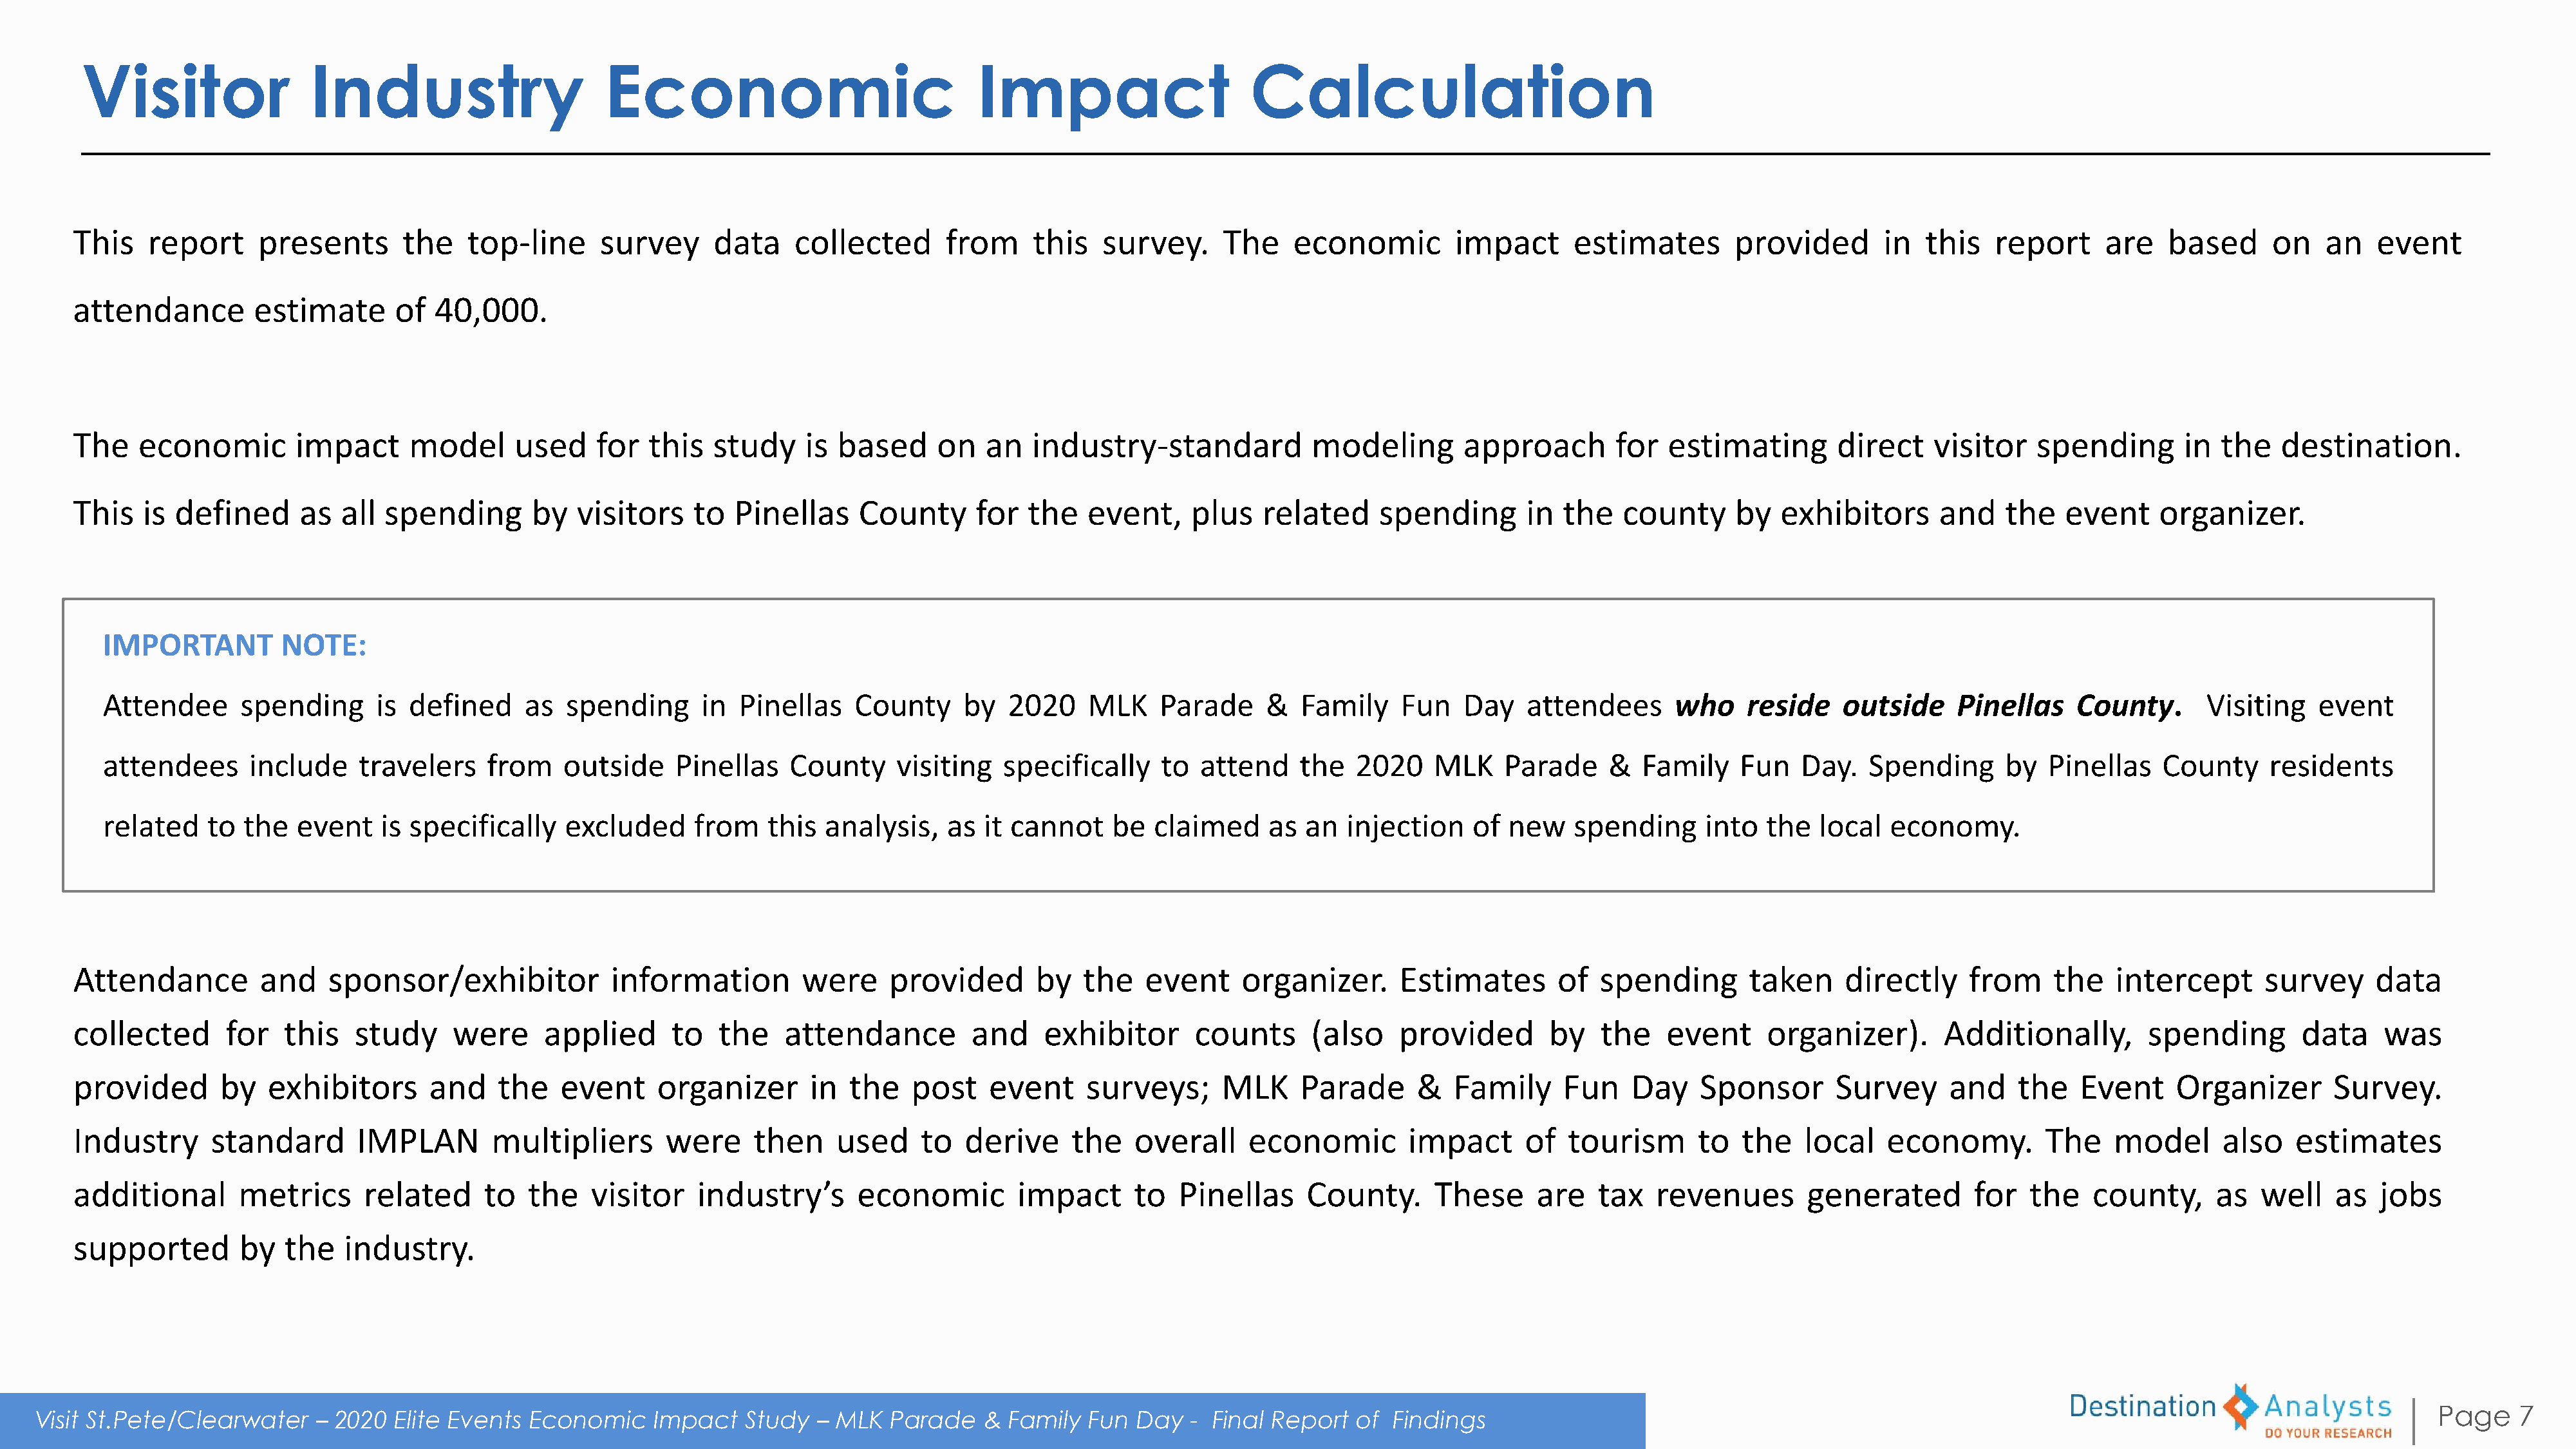
Visitor                 Industry                      Economic                               Impact                      Calculation
 This    report      presents      the    top-line      survey     data     collected      from     this   survey.      The    economic         impact      estimates       provided        in  this   report     are    based      on   an   event
 attendance         estimate       of  40,000.
 The    economic        impact      model      used    for   this  study     is based     on   an   industry-standard            modeling       approach        for  estimating        direct    visitor   spending        in the   destination.
 This    is defined      as  all  spending       by  visitors    to  Pinellas     County      for   the   event,    plus    related     spending       in  the   county     by   exhibitors      and    the   event     organizer.
 IMPORTANT         NOTE:
 Attendee      spending      is defined     as  spending      in  Pinellas    County     by   2020    MLK    Parade     &   Family    Fun   Day    attendees      who     reside   outside     Pinellas    County.       Visiting   event
 attendees      include    travelers    from    outside    Pinellas    County     visiting   specifically    to  attend     the  2020    MLK     Parade    &   Family    Fun   Day.   Spending      by   Pinellas   County     residents
 related   to  the  event    is specifically    excluded     from    this  analysis,   as  it cannot    be   claimed    as  an  injection    of  new    spending     into   the  local  economy.
 Attendance         and    sponsor/exhibitor            information        were     provided       by   the    event     organizer.      Estimates       of  spending        taken     directly    from     the   intercept       survey     data
 collected      for   this   study      were     applied      to   the    attendance         and    exhibitor       counts      (also    provided       by    the   event      organizer).       Additionally,        spending        data    was
 provided       by   exhibitors      and    the    event     organizer      in  the    post    event     surveys;      MLK     Parade      &  Family      Fun    Day    Sponsor       Survey     and    the    Event     Organizer       Survey.
 Industry      standard       IMPLAN        multipliers      were     then     used     to  derive     the    overall    economic         impact      of  tourism       to  the   local    economy.        The    model      also    estimates
 additional       metrics     related      to  the    visitor    industry’s      economic         impact      to  Pinellas     County.      These      are   tax   revenues        generated        for   the   county,      as  well    as   jobs
 supported        by  the   industry.
 Page    7
 Visit St.Pete/Clearwater    – 2020   Elite Events Economic     Impact    Study  – MLK   Parade   &  Family  Fun  Day  -  Final Report  of  Findings